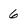
Character: 6